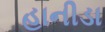
હાનીડા